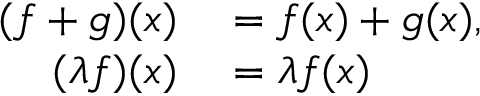
\begin{array} { r l } { ( f + g ) ( x ) } & { { } = f ( x ) + g ( x ) , } \\ { ( \lambda f ) ( x ) } & { { } = \lambda f ( x ) } \end{array}